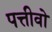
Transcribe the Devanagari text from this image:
पत्तीवो